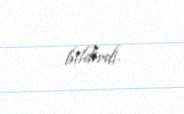
bildirdi.